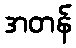
အတန်